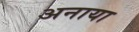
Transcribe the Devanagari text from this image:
अनाया